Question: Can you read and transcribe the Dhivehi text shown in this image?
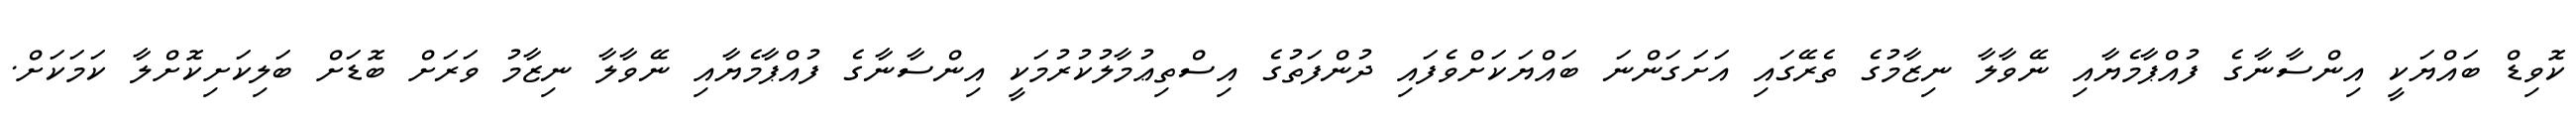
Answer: ކޮވިޑް ބައްޔަކީ އިންސާނާގެ ފުއްޕާމެޔާއި ނޭވާލާ ނިޒާމުގެ ތެރޭގައި އަށަގަންނަ ބައްޔަކަށްވެފައި ދުންފަތުގެ އިސްތިޢުމާލުކުރުމަކީ އިންސާނާގެ ފުއްޕާމެޔާއި ނޭވާލާ ނިޒާމު ވަރަށް ބޮޑަށް ބަލިކަށިކޮށްލާ ކަމަކަށް.